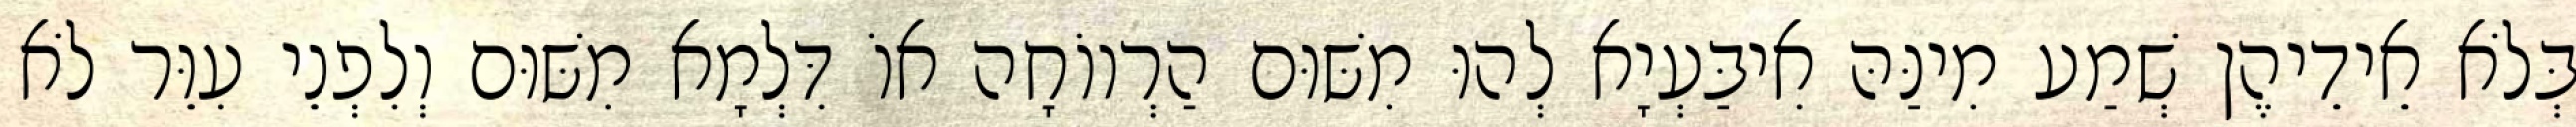
בְּלֹא אֵידֵיהֶן שְׁמַע מִינַּהּ אִיבַּעְיָא לְהוּ מִשּׁוּם הַרְווֹחָה אוֹ דִּלְמָא מִשּׁוּם וְלִפְנֵי עִוֵּר לֹא